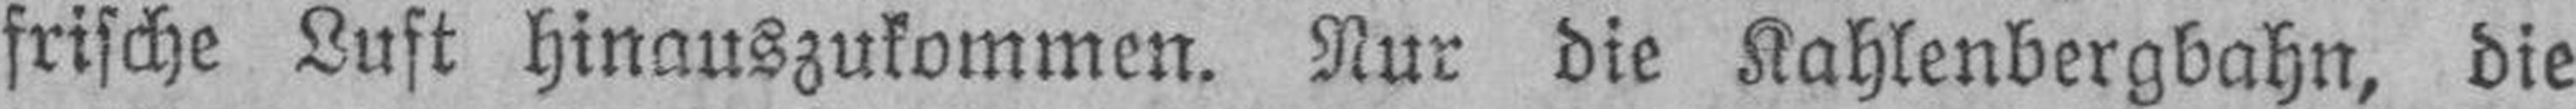
frische Luft hinauszukommen. Nur die Kahlenbergbahn, die